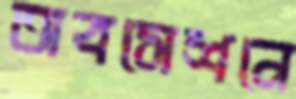
অবসেশনে